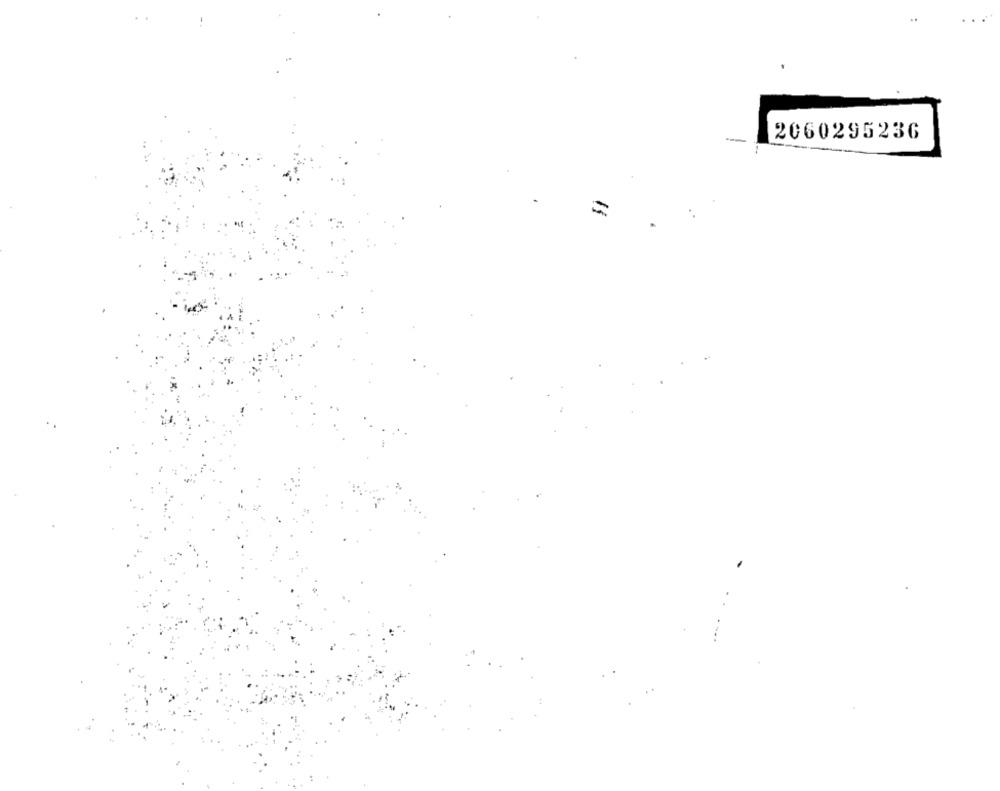
2060295236
=